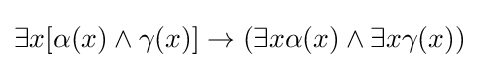
\exists x[\alpha (x)\land \gamma (x)]\rightarrow (\exists x\alpha (x)\land \exists x\gamma (x))